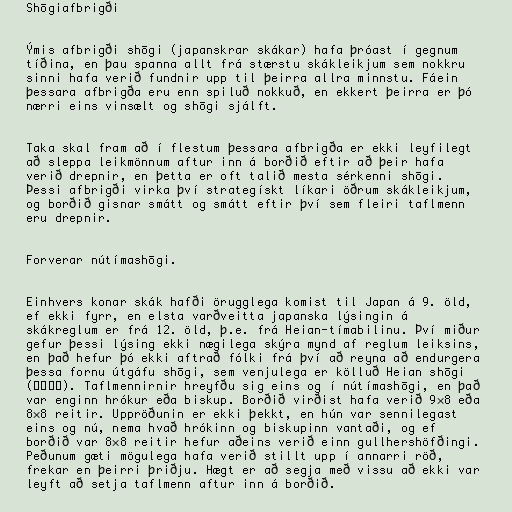
Shōgiafbrigði

Ýmis afbrigði shōgi (japanskrar skákar) hafa þróast í gegnum
tíðina, en þau spanna allt frá stærstu skákleikjum sem nokkru
sinni hafa verið fundnir upp til þeirra allra minnstu. Fáein
þessara afbrigða eru enn spiluð nokkuð, en ekkert þeirra er þó
nærri eins vinsælt og shōgi sjálft.

Taka skal fram að í flestum þessara afbrigða er ekki leyfilegt
að sleppa leikmönnum aftur inn á borðið eftir að þeir hafa
verið drepnir, en þetta er oft talið mesta sérkenni shōgi.
Þessi afbrigði virka því strategískt líkari öðrum skákleikjum,
og borðið gisnar smátt og smátt eftir því sem fleiri taflmenn
eru drepnir.

Forverar nútímashōgi.

Einhvers konar skák hafði örugglega komist til Japan á 9. öld,
ef ekki fyrr, en elsta varðveitta japanska lýsingin á
skákreglum er frá 12. öld, þ.e. frá Heian-tímabilinu. Því miður
gefur þessi lýsing ekki nægilega skýra mynd af reglum leiksins,
en það hefur þó ekki aftrað fólki frá því að reyna að endurgera
þessa fornu útgáfu shōgi, sem venjulega er kölluð Heian shōgi
(平安将棋). Taflmennirnir hreyfðu sig eins og í nútímashōgi, en það
var enginn hrókur eða biskup. Borðið virðist hafa verið 9×8 eða
8×8 reitir. Uppröðunin er ekki þekkt, en hún var sennilegast
eins og nú, nema hvað hrókinn og biskupinn vantaði, og ef
borðið var 8×8 reitir hefur aðeins verið einn gullhershöfðingi.
Peðunum gæti mögulega hafa verið stillt upp í annarri röð,
frekar en þeirri þriðju. Hægt er að segja með vissu að ekki var
leyft að setja taflmenn aftur inn á borðið.